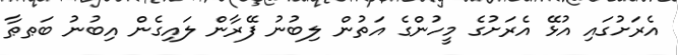
އެރަށުގައި އުޅޭ އެރަށުގެ މީހުންގެ އަތުން ލިބުނު ފޭރާން ލައިގެން އިބުނު ބަޠޠާ